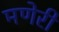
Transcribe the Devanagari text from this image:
मणेरी